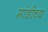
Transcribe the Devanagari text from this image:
मांडीच्य